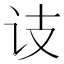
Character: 𬣛